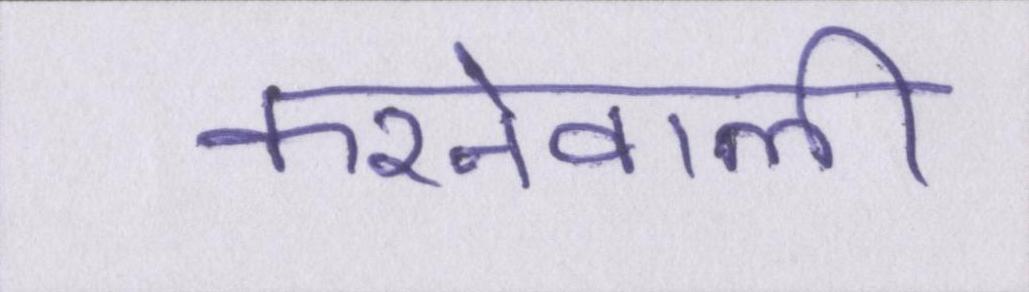
करनेवाली